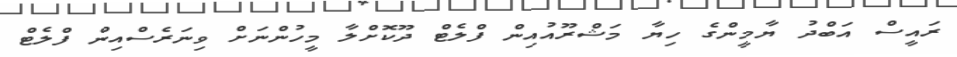
ރައީސް އަބްދު ޔާމީންގެ ހިޔާ މަޝްރޫއުއިން ފްލެޓް ދޫކޮށްލާ މީހުންނަށް ވިނަރެސްއިން ފްލެޓް